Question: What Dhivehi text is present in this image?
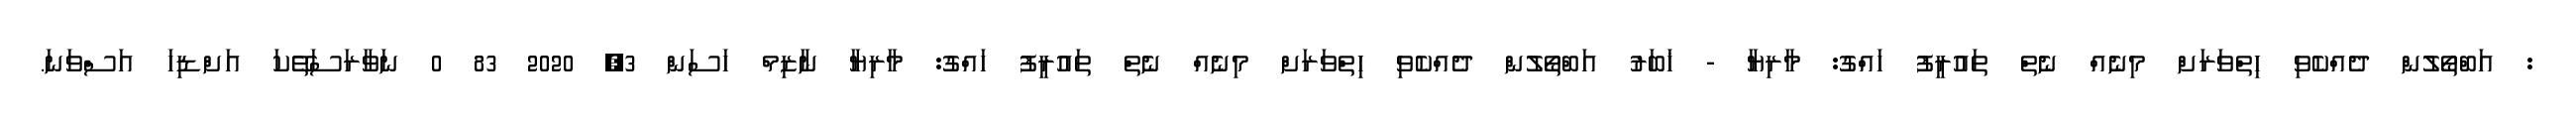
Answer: : އަބްތޯލުން ދެއްކެވި ހިތްވަރަށް މިނެއް ނެތް ތައުރީފު ހައްގު: މާރިޔާ - ޚަބަރު އަބްތޯލުން ދެއްކެވި ހިތްވަރަށް މިނެއް ނެތް ތައުރީފު ހައްގު: މާރިޔާ ނާޒިމް ހަސަން 3, 2020 83 0 ނަވާރަސަތޭކަ އަށްޑިހަ އަސްވަނަ.